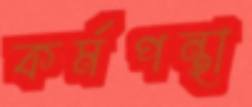
কর্মপন্থা